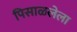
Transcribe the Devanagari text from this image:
पिसाळलेला